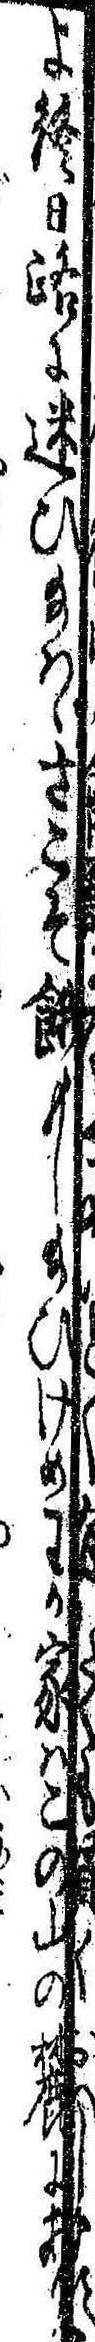
よ終日路に迷ひ給はゞさこそ餓もし給ひけめわが家はこの山の麓にあり